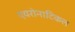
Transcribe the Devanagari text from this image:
एयरोनाटिकल